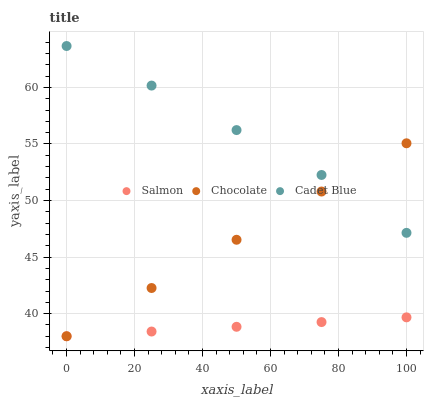
| xaxis_label | Salmon | Chocolate | Cadet Blue |
 | --- | --- | --- | --- |
 | 0 | 38 | 38 | 63.7 |
 | 25 | 38.4 | 42.3 | 60.2 |
 | 50 | 38.8 | 46.5 | 56.2 |
 | 75 | 39.3 | 50.8 | 52.3 |
 | 100 | 39.7 | 55.1 | 47.1 |